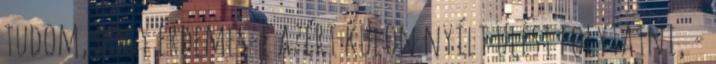
tudom, hogy érdemes-e azért külön nyílt ülést folytatni, -